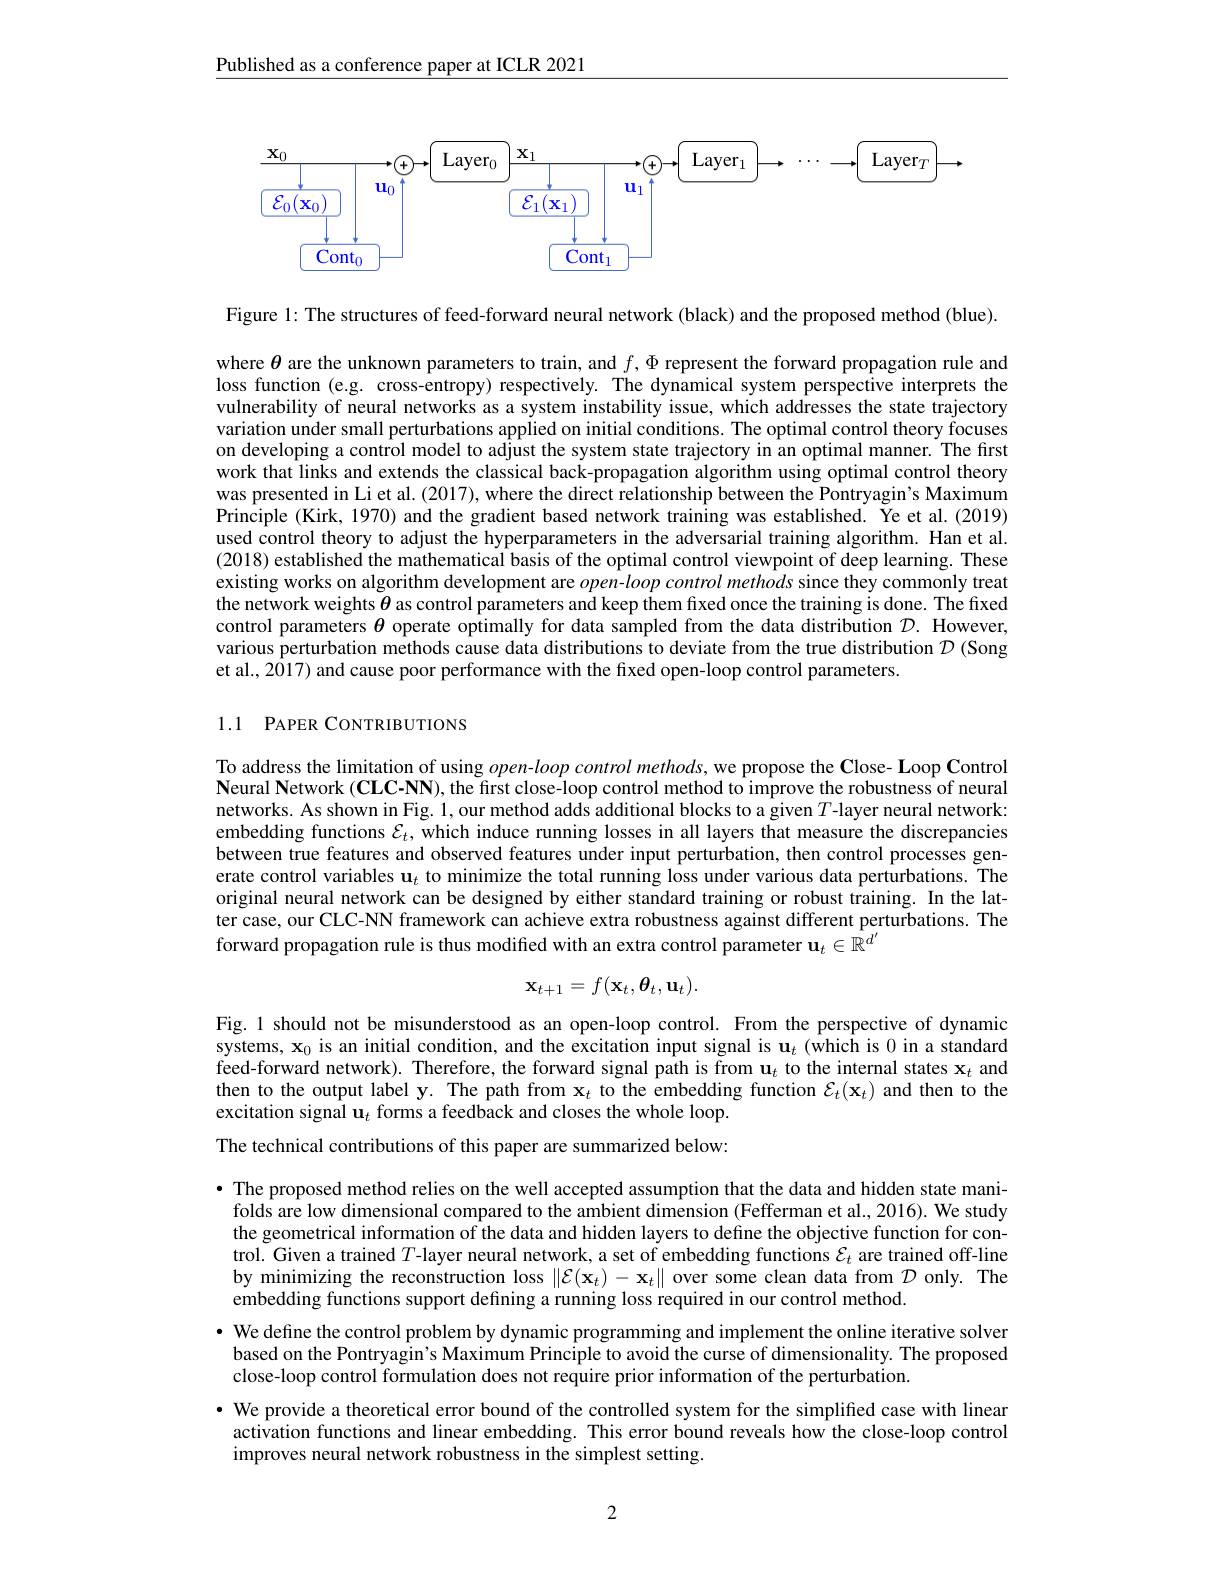
$\underline{\text{Published as a conference paper at ICLR 2021}}$

<FigureHere>

Figure 1: The structures of feed-forward neural network (black) and the proposed method (blue).

where $\theta$ are the unknown parameters to train, and $f,\Phi$ represent the forward propagation rule and loss function (e.g. cross-entropy) respectively. The dynamical system perspective interprets the vulnerability of neural networks as a system instability issue, which addresses the state trajectory variation under small perturbations applied on initial conditions. The optimal control theory focuses on developing a control model to adjust the system state trajectory in an optimal manner. The first work that links and extends the classical back-propagation algorithm using optimal control theory was presented in Li et al. (2017), where the direct relationship between the Pontryagin's Maximum Principle (Kirk, 1970) and the gradient based network training was established. Ye et al.(2019) used control theory to adjust the hyperparameters in the adversarial training algorithm. Han et al. (2018) established the mathematical basis of the optimal control viewpoint of deep learning. These existing works on algorithm development are $open-loopcontrolmethods$ since they commonly treat the network weights $\theta$ as control parameters and keep them fixed once the training is done. The fixed control parameters $\theta$ operate optimally for data sampled from the data distribution $\mathcal{D}.$ However, various perturbation methods cause data distributions to deviate from the true distribution $\mathcal{D}$ (Song et al., 2017) and cause poor performance with the fixed open-loop control parameters

## 1.1 PAPER CONTRIBUTIONS

To address the limitation of using $open-loop$ control methods, we propose the Close- Loop Control Neural Network (CLC-NN), the first close-loop control method to improve the robustness of neural networks. As shown in Fig. 1, our method adds additional blocks to a given $T$-layer neural network: embedding functions $\mathcal{E}_t$, which induce running losses in all layers that measure the discrepancies between true features and observed features under input perturbation, then control processes generate control variables $\mathbf{u}_t$ to minimize the total running loss under various data perturbations. The original neural network can be designed by either standard training or robust training. In the latter case, our CLC-NN framework can achieve extra robustness against different perturbations. The forward propagation rule is thus modified with an extra control parameter $\mathbf{u}_t\in\hat{\mathbb{R}}^{d^{\prime}}$
$$\mathbf{x}_{t+1}=f(\mathbf{x}_t,\boldsymbol{\theta}_t,\mathbf{u}_t).$$
Fig. 1 should not be misunderstood as an open-loop control. From the perspective of dynamic systems, $\mathbf{x}_0$ is an initial condition, and the excitation input signal is $\mathbf{u}_t$ (which is 0 in a standard feed-forward network). Therefore, the forward signal path is from $\mathbf{u}_t$ to the internal states $\mathbf{x}_t$ and then to the output label y. The path from $\mathbf{x}_t$ to the embedding function $\mathcal{E}_t(\mathbf{x}_t)$ and then to the excitation signal $\hat{\mathbf{u}}_t$ forms a feedback and closes the whole loop. The technical contributions of this paper are summarized below:

· The proposed method relies on the well accepted assumption that the data and hidden state manifolds are low dimensional compared to the ambient dimension (Fefferman et al., 2016). We study the geometrical information of the data and hidden layers to define the objective function for control. Given a trained $T$-layer neural network, a set of embedding functions $\mathcal{E}_t$ are trained off-line by minimizing the reconstruction loss $\|\mathcal{E}(\mathbf{x}_t)-\mathbf{x}_t\|$ over some clean data from $\mathcal{D}$ only. The embedding functions support defining a running loss required in our control method.
$\cdot$ We define the control problem by dynamic programming and implement the online iterative solver based on the Pontryagin's Maximum Principle to avoid the curse of dimensionality. The proposed close-loop control formulation does not require prior information of the perturbation.
· We provide a theoretical error bound of the controlled system for the simplified case with linear
activation functions and linear embedding. This error bound reveals how the close-loop control
improves neural network robustness in the simplest setting.

2